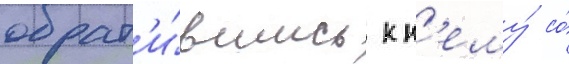
обрат'и́вшись к н'ему́ со́